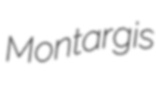
Montargis